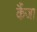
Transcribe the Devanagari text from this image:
कैंजा